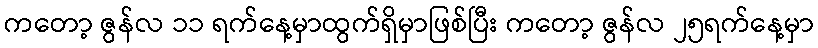
ကတော့ ဇွန်လ ၁၁ ရက်နေ့မှာထွက်ရှိမှာဖြစ်ပြီး ကတော့ ဇွန်လ ၂၅ရက်နေ့မှာ